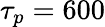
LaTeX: \tau_{p}=600